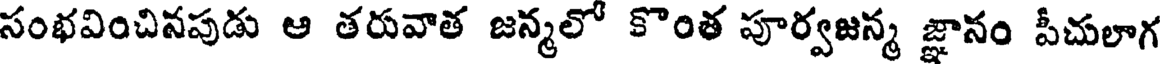
సంభవించినపుడు ఆ తరువాత జన్మలో కొంత పూర్వజన్మ జ్ఞానం పీచులాగ